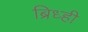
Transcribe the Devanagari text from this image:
ब्रिध्ही